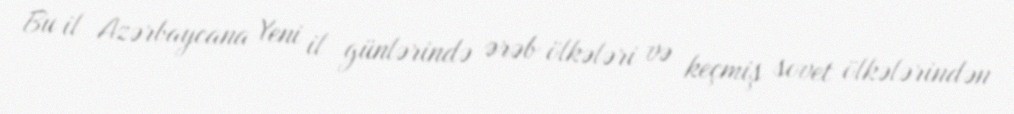
Bu il Azərbaycana Yeni il günlərində ərəb ölkələri və keçmiş sovet ölkələrindən